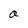
Character: a